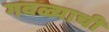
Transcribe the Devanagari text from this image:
गवळ्याची